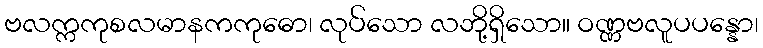
ဗလက္ကကုစလမာနကကုဓော၊ လုပ်သော လဘို့ရှိသော။ ဝဏ္ဏဗလူပပန္နော၊